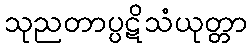
သုညတာပ္ပဋိသံယုတ္တာ